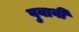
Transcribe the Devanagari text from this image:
पुवावी